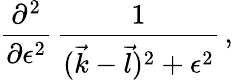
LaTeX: {\frac{\partial^{2}}{\partial\epsilon^{2}}}\, {\frac{1}{({\vec{k}}-{\vec{l}})^{2}+\epsilon^{2}}}\, ,